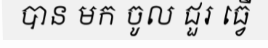
បាន មក ចូល ជួរ ធ្វើ